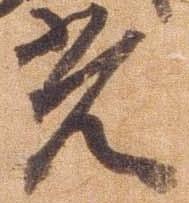
光